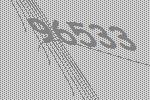
96533